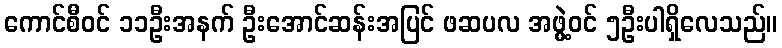
ကောင်စီဝင် ၁၁ဦးအနက် ဦးအောင်ဆန်းအပြင် ဖဆပလ အဖွဲ့ဝင် ၅ဦးပါရှိလေသည်။